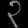
Digit: ၃